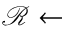
\mathcal { R } \gets